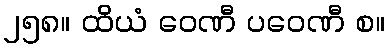
၂၅၈။ ထိယံ ဝေဏီ ပဝေဏီ စ။